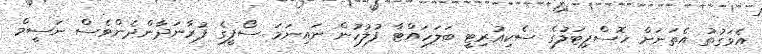
އެވަގުތު އެތަނަށް ހޮސްޕިޓަލުގެ ސެކިއުރިޓީ ބަލަހައްޓާ ފުލުހުން ނައިނަމަ ސޯފީގެ ފުރާނަދާންދެންވެސް ނަސީމް